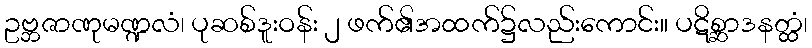
ဥဗ္ဘဇာဏုမဏ္ဍလံ၊ ပုဆစ်ဒူးဝန်း ၂ ဖက်၏အထက်၌လည်းကောင်း။ ပဋိစ္ဆာဒနတ္ထံ၊